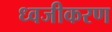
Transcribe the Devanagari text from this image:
ध्वजीकरण